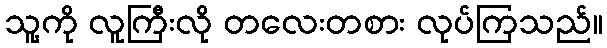
သူ့ကို လူကြီးလို တလေးတစား လုပ်ကြသည်။